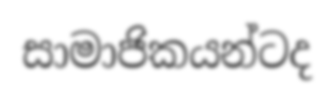
සාමාජිකයන්ටද